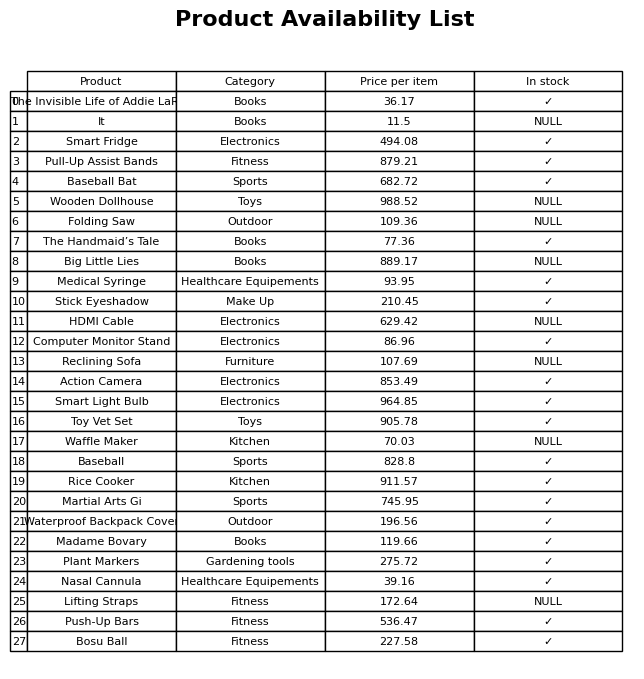
question: What is the price for Baseball?
answer: The price of Baseball is 828.8.